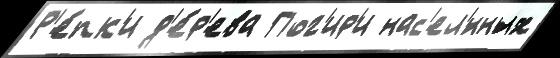
Р'е́пк'и д'е́р'ева Пог'ир'и нас'ел'́нных